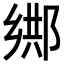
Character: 𨜕